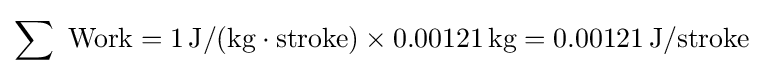
\sum {\text{ Work}}=1\,{\text{J}}/({\text{kg}}\cdot {\text{stroke}})\times 0.00121\,{\text{kg}}=0.00121\,{\text{J}}/{\text{stroke}}